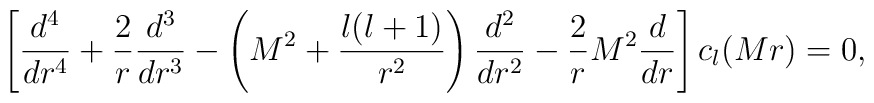
\left[{d^{4}\over dr^{4}}+{2\over r}{d^{3}\over dr^{3}}-\left(M^{2}+{l(l+1)\over r^{2}}\right){d^{2}\over dr^{2}}-{2\over r}M^{2}{d\over dr}\right]c_{l}(Mr)=0,